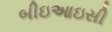
બીઇઆઇસી